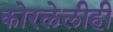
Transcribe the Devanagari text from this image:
कोरलेलीही